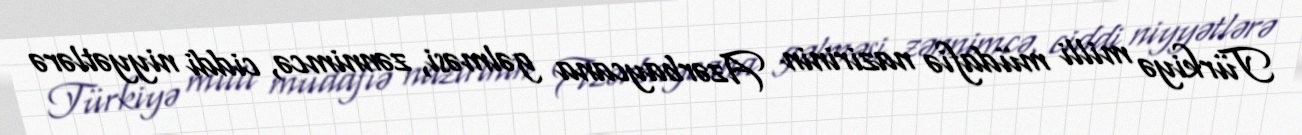
Türkiyə milli müdafiə nazirinin Azərbaycana gəlməsi, zənnimcə, ciddi niyyətlərə